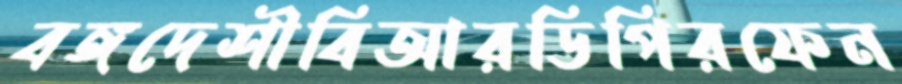
বঙ্গদেশীবিআরডিপিরফেন